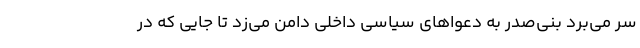
سر می‌برد بنی‌صدر به دعواهای سیاسی داخلی دامن می‌زد تا جایی که در